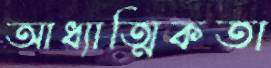
আধ্যাত্মিকতা